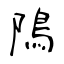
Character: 隝